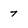
Character: 7